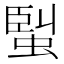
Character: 𧌟